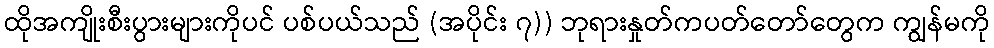
ထိုအကျိုးစီးပွားများကိုပင် ပစ်ပယ်သည် (အပိုင်း ၇)) ဘုရားနှုတ်ကပတ်တော်တွေက ကျွန်မကို